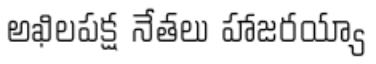
అఖిలపక్ష నేతలు హాజరయ్యా